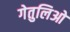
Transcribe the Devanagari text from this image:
गेतुलिओ